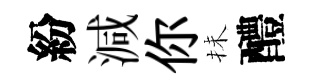
紛減你抺醴